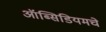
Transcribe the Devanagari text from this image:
ऑब्सिडियमचे